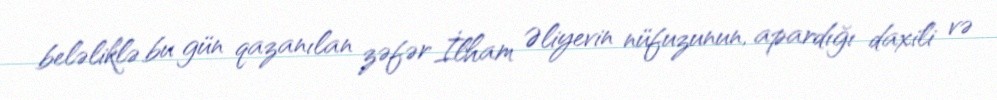
beləliklə bu gün qazanılan zəfər İlham Əliyevin nüfuzunun, apardığı daxili və